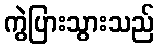
ကွဲပြားသွားသည်